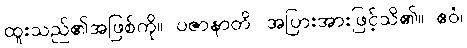
ထူးသည်၏အဖြစ်ကို။ ပဇာနာတိ၊ အပြားအားဖြင့်သိ၏။ ဧဝံ၊